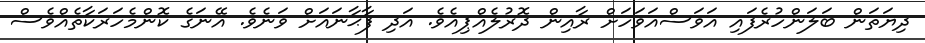
ދިޔަތަން ބަލަންހުރެފައި އަވަސްއަވަހަށް ރާއިން ދޮރުލެއްޕިއެވެ. އަދި ފާޙާނައަށް ވަނެވެ. އޭނަގެ ކޮންމެހަރަކާތެއްވެސް